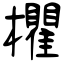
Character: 欋